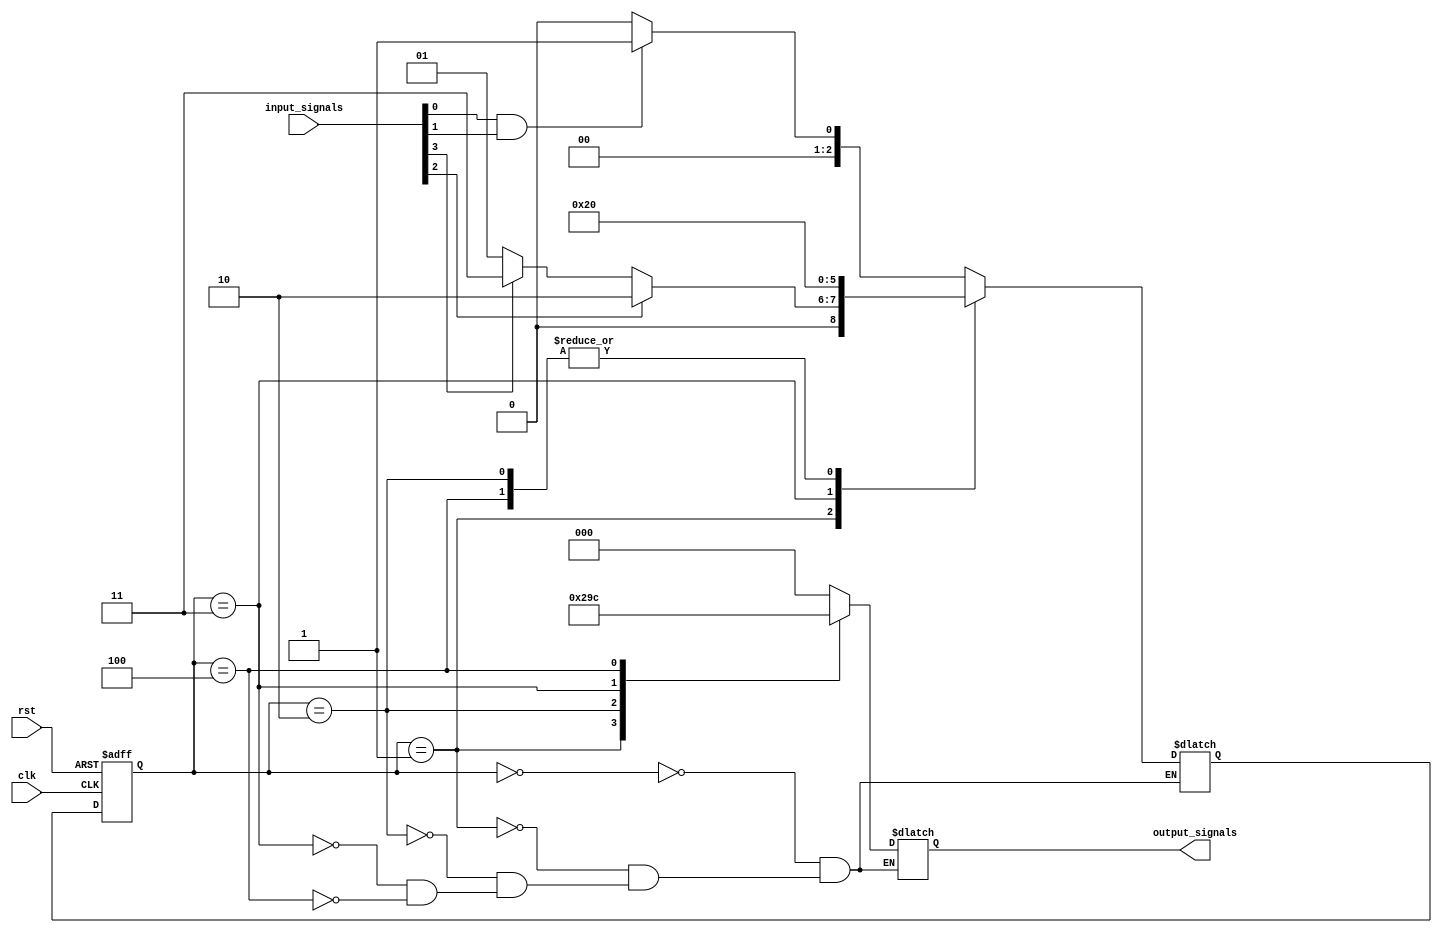
module state_machine (
    input wire clk,
    input wire rst,
    input wire [N-1:0] input_signals,
    output wire [M-1:0] output_signals
);
    
parameter N = 4; // Number of input signals
parameter M = 3; // Number of output signals
parameter STATE_IDLE = 0;
parameter STATE_A = 1;
parameter STATE_B = 2;
parameter STATE_C = 3;
parameter STATE_D = 4;

reg [2:0] state_reg, next_state;

always @ (posedge clk or negedge rst) begin
    if (~rst) begin
        state_reg <= STATE_IDLE;
    end else begin
        state_reg <= next_state;
    end
end

always @ (*) begin
    case(state_reg)
        STATE_IDLE: begin
            if (input_signals[0] && input_signals[1])
                next_state = STATE_A;
            else
                next_state = STATE_IDLE;
        end
        STATE_A: begin
            if (input_signals[2])
                next_state = STATE_B;
            else if (input_signals[3])
                next_state = STATE_C;
            else
                next_state = STATE_A;
        end
        STATE_B: begin
            next_state = STATE_IDLE;
        end
        STATE_C: begin
            next_state = STATE_D;
        end
        STATE_D: begin
            next_state = STATE_IDLE;
        end
    endcase
end

always @ (*) begin
    case(state_reg)
        STATE_IDLE: begin
            output_signals = 3'b000;
        end
        STATE_A: begin
            output_signals = 3'b001;
        end
        STATE_B: begin
            output_signals = 3'b010;
        end
        STATE_C: begin
            output_signals = 3'b011;
        end
        STATE_D: begin
            output_signals = 3'b100;
        end
    endcase
end

endmodule